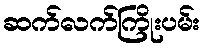
ဆက်လက်ကြိုးပမ်း